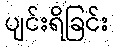
ပျင်းရိခြင်း